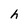
Character: h